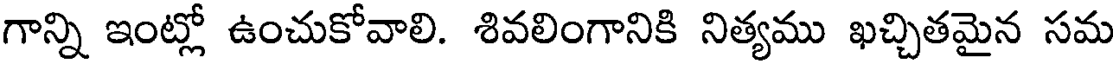
గాన్ని ఇంట్లో ఉంచుకోవాలి. శివలింగానికి నిత్యము ఖచ్చితమైన సమ